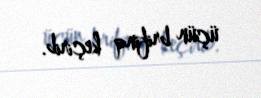
üçün brifinq keçirib.